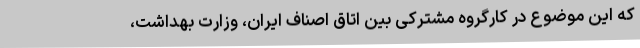
که این موضوع در کارگروه مشترکی بین اتاق اصناف ایران، وزارت بهداشت،